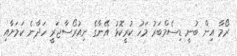
ރޯމާ އިން ބުނީ ޑިސެމްބަރު މަހު ކުރީކޮޅު އޭނާގެ ނިއުރޯސާޖަރީ ހަދާނެ ކަމަށާއި